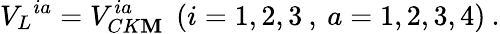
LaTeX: {V_{L}}^{ia}=V_{CK\mathbf{M}}^{ia}\: \: (i=1,2,3\: ,\: a=1,2,3,4)\: .